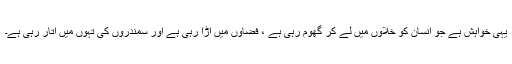
یہی خواہش ہے جو انسان کو خلاوں میں لے کر گھوم رہی ہے ، فضاوں میں اڑا رہی ہے اور سمندروں کی تہوں میں اتار رہی ہے۔